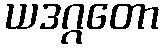
ယဒဂ္ဂတော